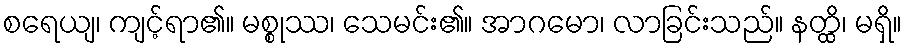
စရေယျ၊ ကျင့်ရာ၏။ မစ္စုဿ၊ သေမင်း၏။ အာဂမော၊ လာခြင်းသည်။ နတ္ထိ၊ မရှိ။